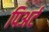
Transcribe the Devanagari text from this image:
पिअर्ट